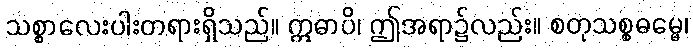
သစ္စာလေးပါးတရားရှိသည်။ ဣဓာပိ၊ ဤအရာ၌လည်း။ စတုသစ္စဓမ္မေ၊